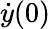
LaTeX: \dot{y}(0)